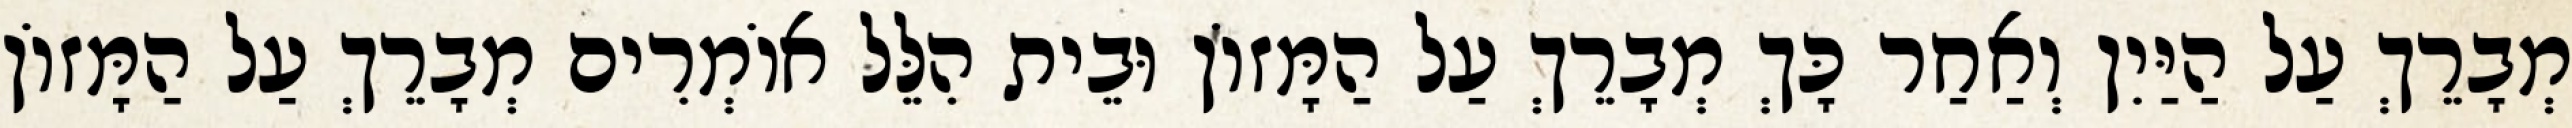
מְבָרֵךְ עַל הַיַּיִן וְאַחַר כָּךְ מְבָרֵךְ עַל הַמָּזוֹן וּבֵית הִלֵּל אוֹמְרִים מְבָרֵךְ עַל הַמָּזוֹן